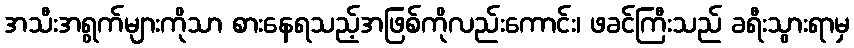
အသီးအရွက်များကိုသာ စားနေရသည့်အဖြစ်ကိုလည်းကောင်း၊ ဖခင်ကြီးသည် ခရီးသွားရာမှ